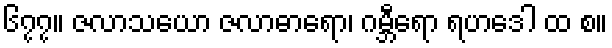
၆၇၇။ ဇလာသယော ဇလာဓာရော၊ ဂမ္ဘီရော ရဟဒေါ ထ စ။